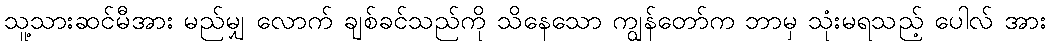
သူ့သားဆင်မီအား မည်မျှ လောက် ချစ်ခင်သည်ကို သိနေသော ကျွန်တော်က ဘာမှ သုံးမရသည့် ပေါလ် အား